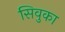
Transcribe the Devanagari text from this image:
सिवुका